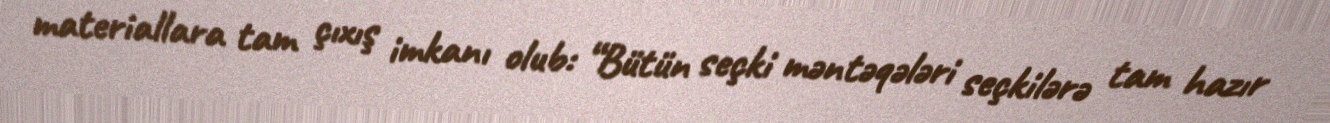
materiallara tam çıxış imkanı olub: “Bütün seçki məntəqələri seçkilərə tam hazır